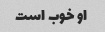
او خوب است